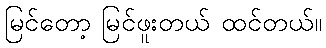
မြင်တော့ မြင်ဖူးတယ် ထင်တယ်။